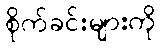
စိုက်ခင်းများကို